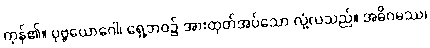
ကုန်၏။ ပုဗ္ဗယောဂေါ၊ ရှေ့ဘဝ၌ အားထုတ်အပ်သော လုံ့လသည်။ အဓိဂမဿ၊